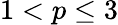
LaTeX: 1<p\leq 3